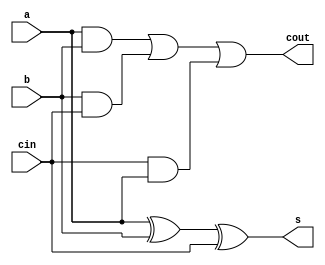
`timescale 1ns / 1ps
//////////////////////////////////////////////////////////////////////////////////
// Company: 
// Engineer: 
// 
// Design Name: 
// Module Name:    full_adder 
// Project Name: 
// Target Devices: 
// Tool versions: 
// Description: 
//
// Dependencies: 
//
// Revision: 
// Revision 0.01 - File Created
// Additional Comments: 
//
//////////////////////////////////////////////////////////////////////////////////
module full_adder(
    input a,
    input b,
    input cin,
    output s,
    output cout
    );
	 wire ab;
	 wire bc;
	 wire ca;
	 wire axb;
	 xor T0(axb, a, b);
	 xor T1(s, axb, cin);
	 and T2(ab, a, b);
	 and T3(bc, b, cin);
	 and T4(ca, cin, a);
	 or T5(cout, ab, bc, ca);

endmodule